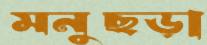
মনুছড়া